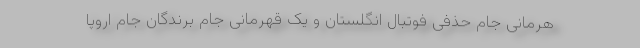
هرمانی جام حذفی فوتبال انگلستان و یک قهرمانی جام برندگان جام اروپا